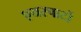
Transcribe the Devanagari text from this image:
एयरपार्टो